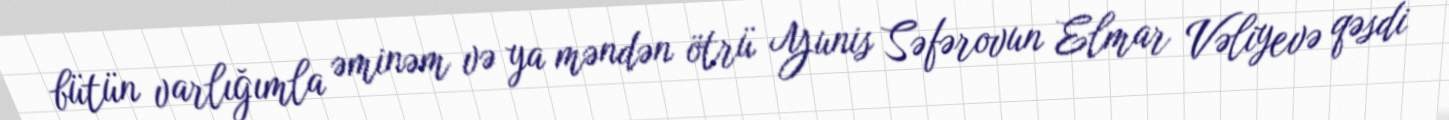
bütün varlığımla əminəm və ya məndən ötrü Yunis Səfərovun Elmar Vəliyevə qəsdi